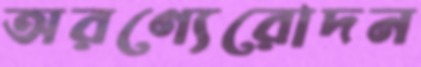
অরণ্যেরোদন